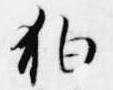
狛